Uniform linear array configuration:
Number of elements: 32
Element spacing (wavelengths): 0.25
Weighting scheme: kaiser
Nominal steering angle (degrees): -45
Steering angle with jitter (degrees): -43.912
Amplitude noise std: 0.05
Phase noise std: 0.05

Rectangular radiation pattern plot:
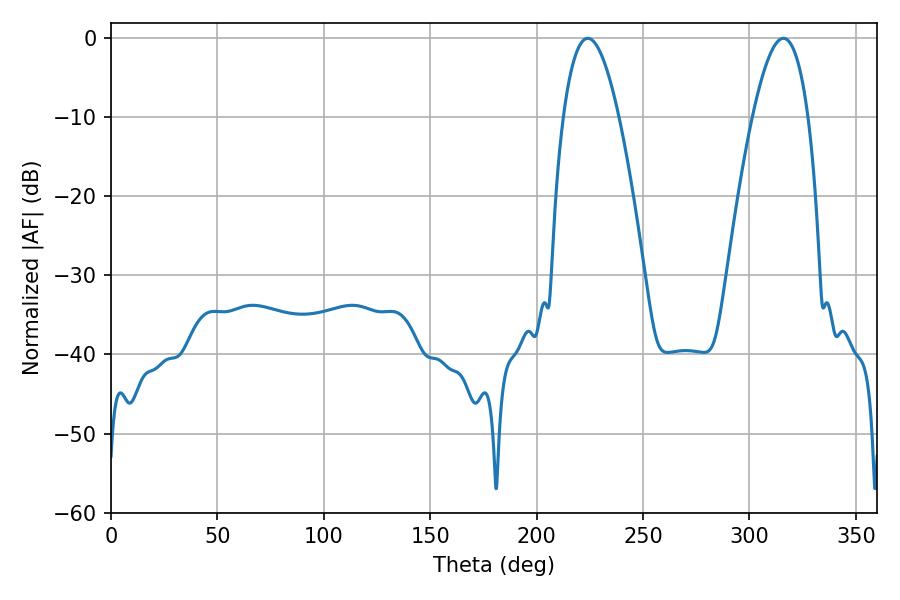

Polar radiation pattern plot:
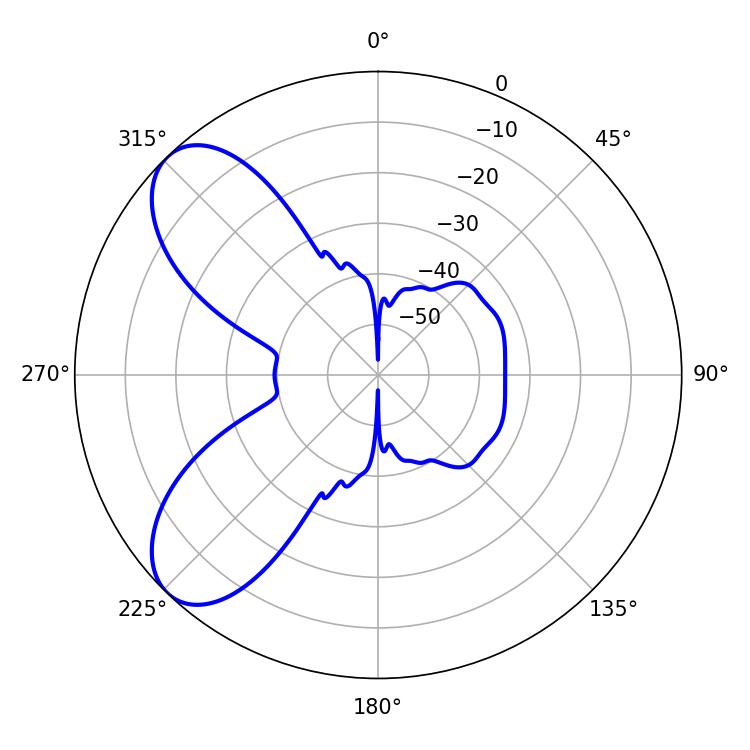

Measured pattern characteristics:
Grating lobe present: FALSE
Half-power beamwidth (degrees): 14.4
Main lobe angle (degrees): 224.1